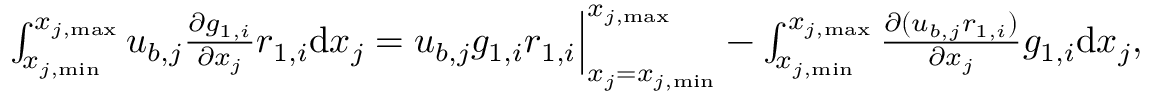
\begin{array} { r } { \int _ { x _ { j , \mathrm { m i n } } } ^ { x _ { j , \mathrm { m a x } } } { u _ { b , j } \frac { \partial g _ { 1 , i } } { \partial x _ { j } } r _ { 1 , i } } \mathrm { d } x _ { j } = u _ { b , j } g _ { 1 , i } r _ { 1 , i } \Big | _ { x _ { j } = x _ { j , \mathrm { m i n } } } ^ { x _ { j , \mathrm { m a x } } } - \int _ { x _ { j , \mathrm { m i n } } } ^ { x _ { j , \mathrm { m a x } } } { \frac { \partial ( u _ { b , j } r _ { 1 , i } ) } { \partial x _ { j } } g _ { 1 , i } } \mathrm { d } x _ { j } , } \end{array}